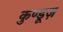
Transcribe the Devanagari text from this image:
कुण्डूज़